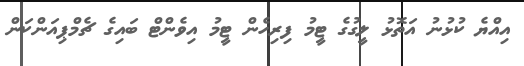
އިއްޔެ ކުޅުނު އަތޮޅު ލީގުގެ ޓީމު ފިރިހެން ޓީމު އިވެންޓް ބައިގެ ޗެމްޕިއަންކަން